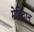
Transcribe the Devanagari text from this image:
मेहिंद्वान